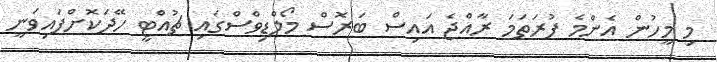
މި މީހުން އެންމެ ފުރަތަމަ ރާއްޖެ އައިސް ބަރޮސް މޯލްޑިވްސްގައި ޗުއްޓީ ހޭދަކޮށްފައިވަނީ